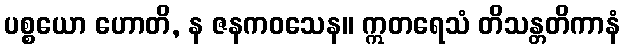
ပစ္စယော ဟောတိ, န ဇနကဝသေန။ ဣတရေသံ တိသန္တတိကာနံ